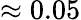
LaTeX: \approx 0.05